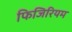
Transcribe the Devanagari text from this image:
फिजिरियम